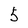
Character: 5